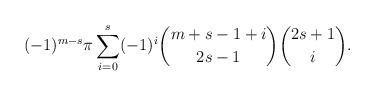
LaTeX: \begin{align*}(-1)^{m-s}\pi\sum_{i=0}^{s}(-1)^{i}{m+s-1+i \choose 2s-1}{2s+1 \choose i}.\end{align*}